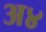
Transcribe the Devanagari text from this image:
अ४